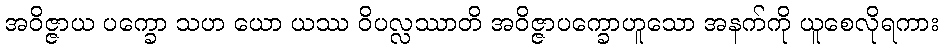
အဝိဇ္ဇာယ ပက္ခော သဟ ယော ယဿ ဝိပလ္လဿာတိ အဝိဇ္ဇာပက္ခောဟူသော အနက်ကို ယူစေလိုရကား